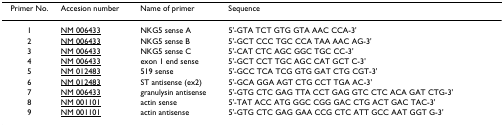
<table><thead><tr><td><b>Primer No.</b></td><td><b>Accesion number</b></td><td><b>Name of primer</b></td><td><b>Sequence</b></td></tr></thead><tbody><tr><td>1</td><td>NM 006433</td><td>NKG5 sense A</td><td>5&#x27;-GTA TCT GTG GTA AAC CCA-3&#x27;</td></tr><tr><td>2</td><td>NM 006433</td><td>NKG5 sense B</td><td>5&#x27;-GCT CCC TGC CCA TAA AAC AG-3&#x27;</td></tr><tr><td>3</td><td>NM 006433</td><td>NKG5 sense C</td><td>5&#x27;-CAT CTC AGC GGC TGC CC-3&#x27;</td></tr><tr><td>4</td><td>NM 006433</td><td>exon 1 end sense</td><td>5&#x27;-GCT CCT TGC AGC CAT GCT C-3&#x27;</td></tr><tr><td>5</td><td>NM 012483</td><td>519 sense</td><td>5&#x27;-GCC TCA TCG GTG GAT CTG CGT-3&#x27;</td></tr><tr><td>6</td><td>NM 012483</td><td>ST antisense (ex2)</td><td>5&#x27;-GCA GGA AGT CTG CCT TGA AC-3&#x27;</td></tr><tr><td>7</td><td>NM 006433</td><td>granulysin antisense</td><td>5&#x27;-GTG CTC GAG TTA CCT GAG GTC CTC ACA GAT CTG-3&#x27;</td></tr><tr><td>8</td><td>NM 001101</td><td>actin sense</td><td>5&#x27;-TAT ACC ATG GGC CGG GAC CTG ACT GAC TAC-3&#x27;</td></tr><tr><td>9</td><td>NM 001101</td><td>actin antisense</td><td>5&#x27;-GTG CTC GAG GAA CCG CTC ATT GCC AAT GGT G-3&#x27;</td></tr></tbody></table>